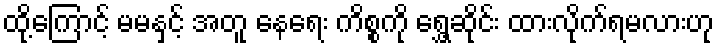
ထို့ကြောင့် မမနှင့် အတူ နေရေး ကိစ္စကို ရွှေ့ဆိုင်း ထားလိုက်ရမလားဟု